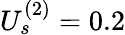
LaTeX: U_{s}^{(2)}=0.2